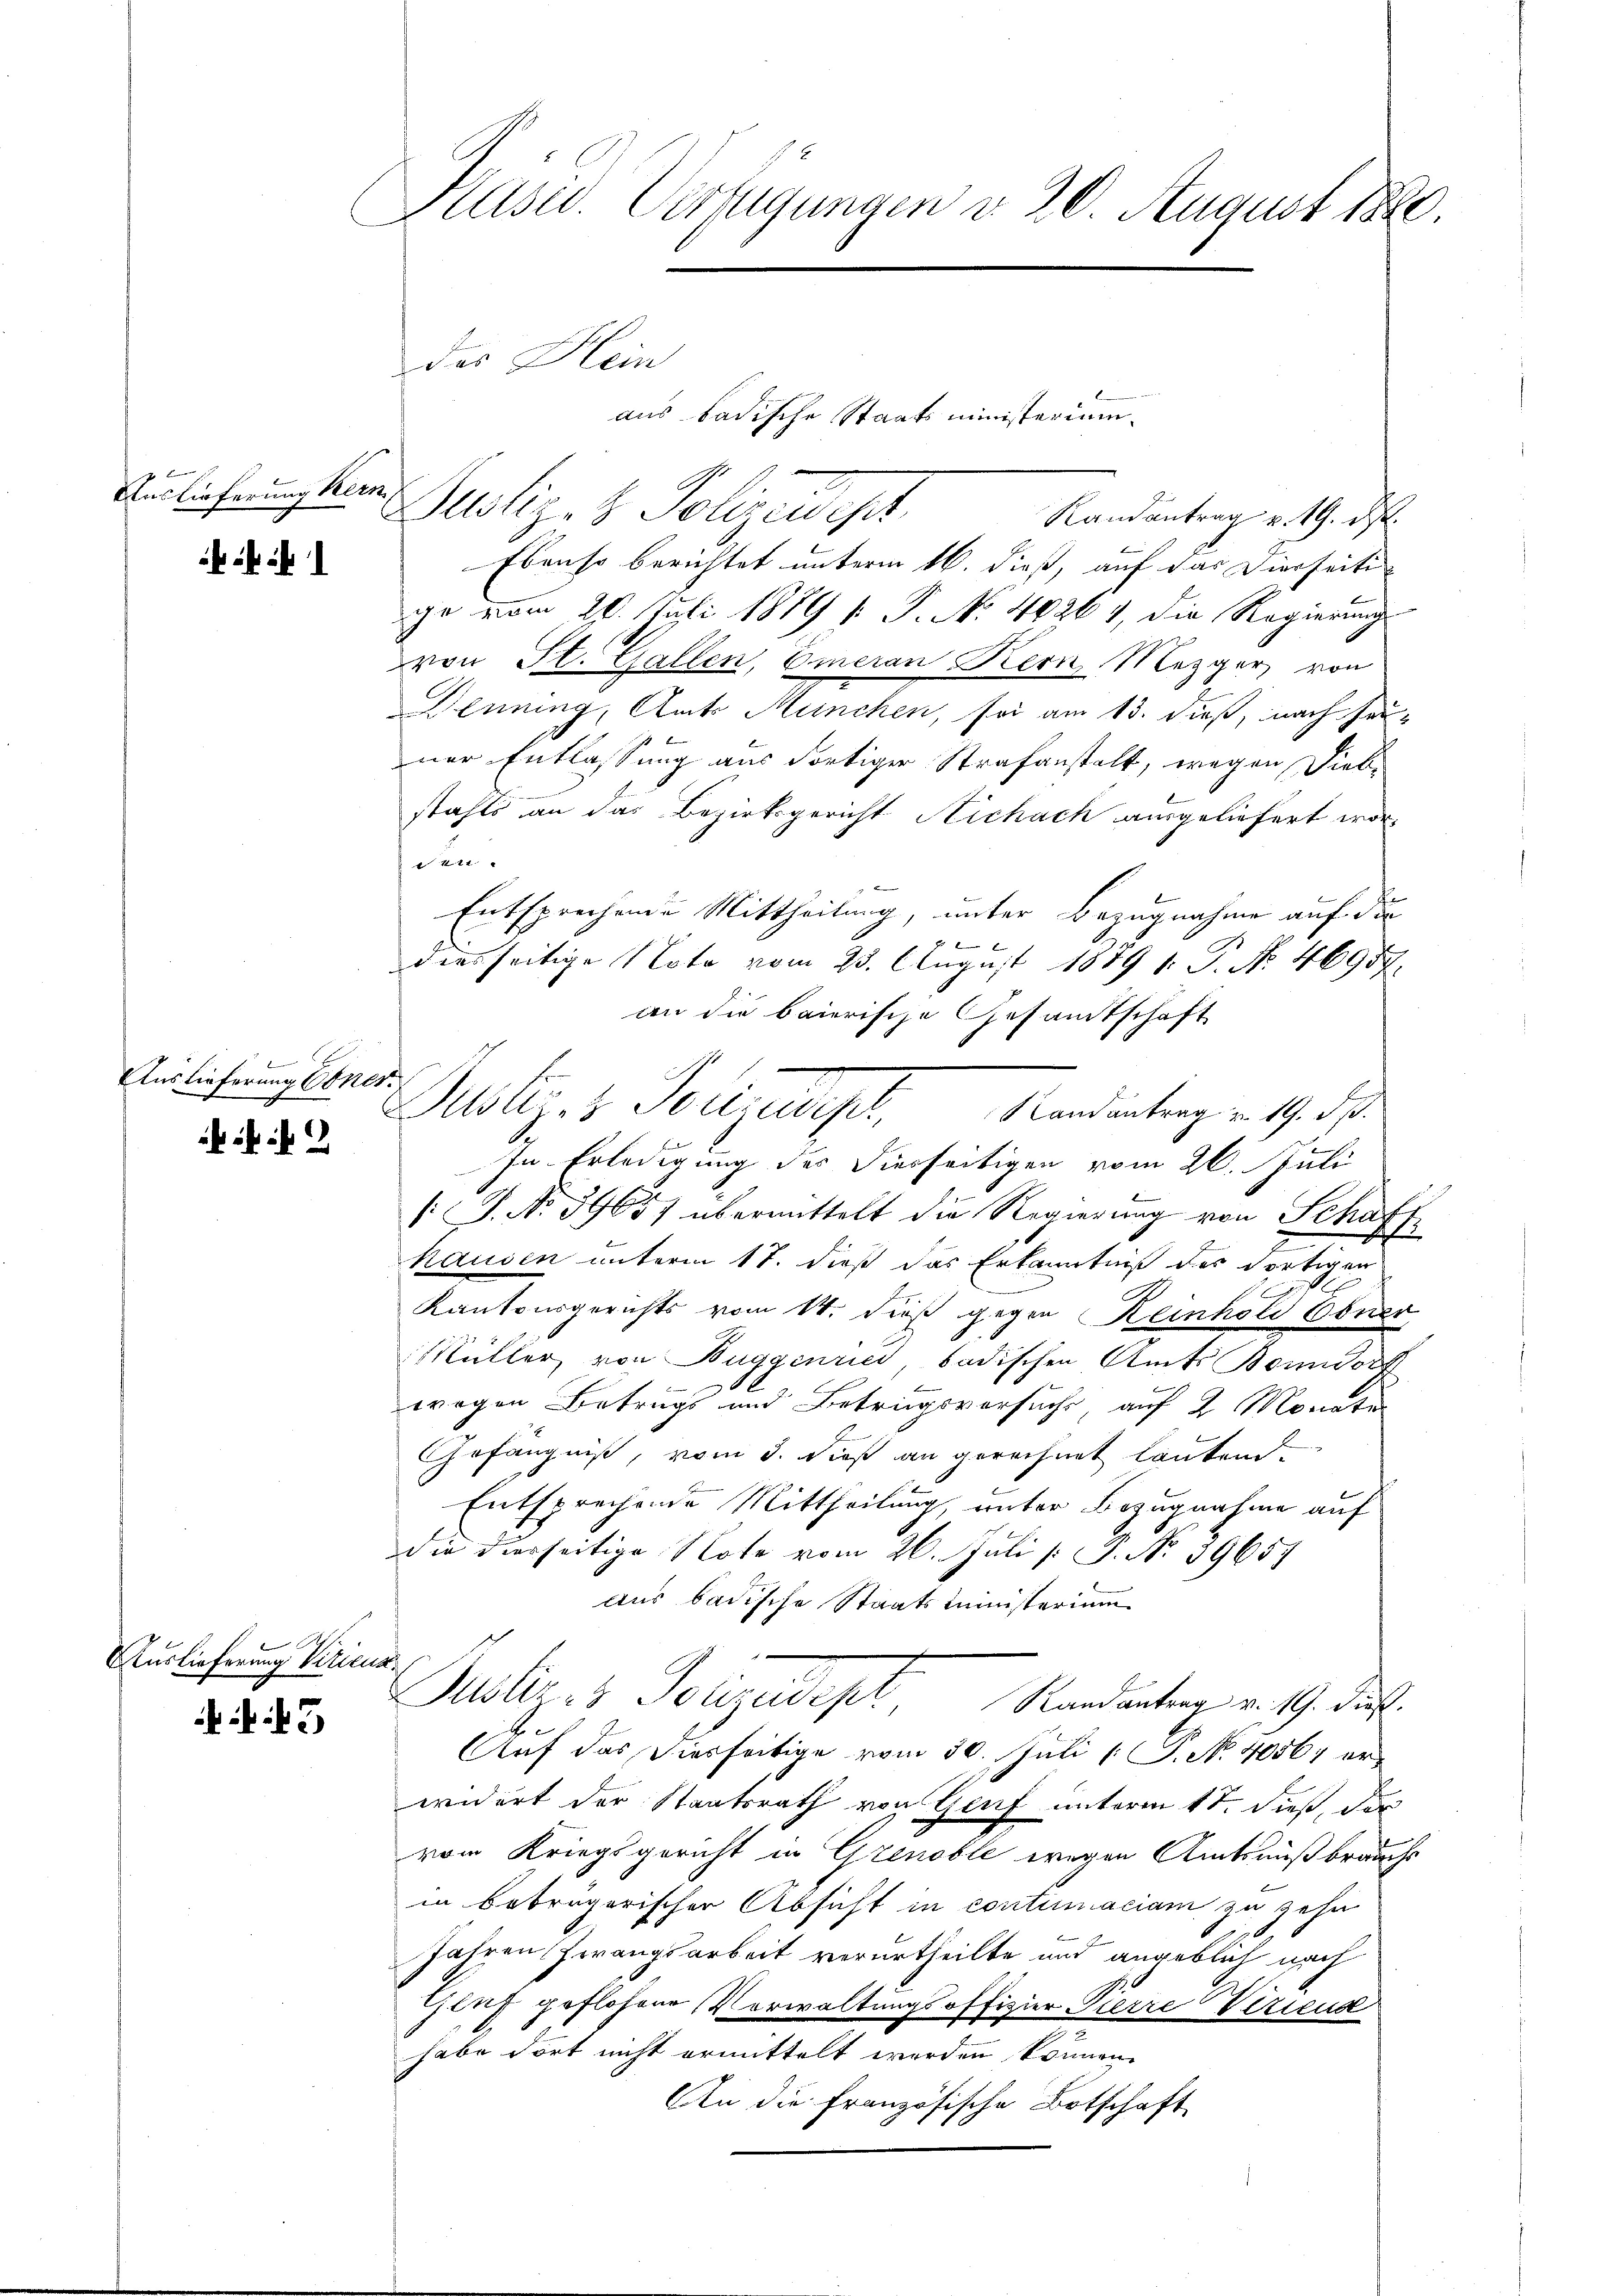
Auslieferung Kern,

ik 1

x
Auslieferung Ebner.

Auslieferung Virien

45

Kaser. Verfügungen d. 20. August 1890.

des Klein

Justiz- & Polizeidest
Randantrag v. 19. d.
Ebenso berichtet unterm 16. dieß, auf das Dierseiti
ge vom 20. Juli 1889 k P. No 46264, die Regierung
von St. Gallen, Emeran Kern, Mezger, von
Denning, Amts München, sei am 13. dieß, nach seiner Entlassung aus dortiger Strafanstalt, wegen Diebe
stahls an das Bezirksgericht Nichach ausgeliefert wor¬
 411.
Entsprechende Mittheilung, unter Bezugnahme auf die
diesseitige Nota vom 23. August 1889 1. P. Nr. 46957.
an die baierische Gesandtschaft
In Erledigung des Diesseitigen vom 26. Juli
[J. No 39657 übermittelt die Regierung von Schaff-
hausen unterm 17. dieß das Erkanntniß des dortigen

Kantonsgerichts vom 14. dieß gegen Reinhold Coner
Müller von Buggenries badischen Amts Bonndorf
2
n
wegen Betrugs und Betrugsversuchs auf 2 Monate
Grfängniß, vom 3. dieß an gerechnet lautend.
Entsprechende Mittheilung, unter Bezugnahme auf
die dierseitige Note vom 26. Juli [ P. N. 39657
aus badische Staatsministerium

Pusteres Gonzadepl
Randantrag v. 19. dieß.
Auf das diesseitige vom 30. Juli [ P. No 40567 erwidert der Staatsrath von Genf unterm 1ten dieß, der
vom Kriegsgericht in Grenoble wegen Amtsnußbrauchs
in betrügerischer Absicht in continaciam zu zehn
Jahren Frrangsarbeit verurtheilte und angeblich nach
luf geflohene Verwaltungsoffizier Pierre Verieuse
habe dort nicht ermittelt werden können.
An die Französische Botschaft

Alblizis Pollauder Standeutung . 19. d.

aus badische Staatsministerium